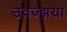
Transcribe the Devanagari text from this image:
उवज्झया